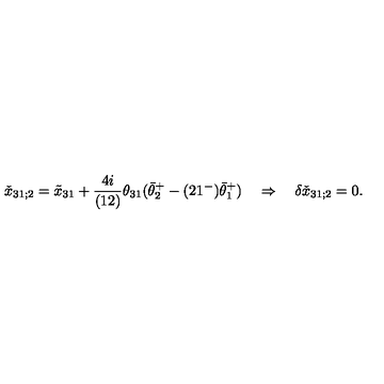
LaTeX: \check { x } _ { 3 1 ; 2 } = \tilde { x } _ { 3 1 } + { \frac { 4 i } { ( 1 2 ) } } \theta _ { 3 1 } ( \bar { \theta } _ { 2 } ^ { + } - ( 2 1 ^ { - } ) \bar { \theta } _ { 1 } ^ { + } ) \quad \Rightarrow \quad \delta \check { x } _ { 3 1 ; 2 } = 0 .